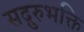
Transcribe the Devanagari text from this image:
सद्गुरुभक्ति